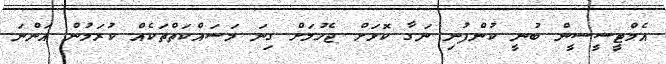
އެމްޓީސީސީން ބުނީ ކުންފުނި ނަގާ ކޮޅަށް ޖެހުމަށް ގިނަ މަސައްކަތްތަކެއް ކުރަމުން އަންނަ